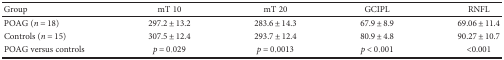
<table><thead><tr><td><b>Group</b></td><td><b>mT 10</b></td><td><b>mT 20</b></td><td><b>GCIPL</b></td><td><b>RNFL</b></td></tr></thead><tbody><tr><td>POAG (<i>n</i> = 18)</td><td>297.2 ± 13.2</td><td>283.6 ± 14.3</td><td>67.9 ± 8.9</td><td>69.06 ± 11.4</td></tr><tr><td>Controls (<i>n</i> = 15)</td><td>307.5 ± 12.4</td><td>293.7 ± 12.4</td><td>80.9 ± 4.8</td><td>90.27 ± 10.7</td></tr><tr><td>POAG versus controls</td><td><i>p</i> = 0.029</td><td><i>p</i> = 0.0013</td><td><i>p</i> &lt; 0.001</td><td>&lt;0.001</td></tr></tbody></table>